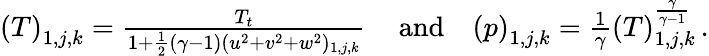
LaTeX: \begin{array}{rlr}{\left(T\right)_{1,j,k}=\frac{T_{t}}{1+\frac{1}{2}(\gamma-1)(u^{2}+v^{2}+w^{2})_{1,j,k}}\, }&{\mathrm{and}}&{\left(p\right)_{1,j,k}=\frac{1}{\gamma}(T)_{1,j,k}^{\frac{\gamma}{\gamma-1}}\, \mathrm{.}}\end{array}